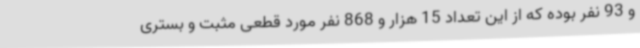
و 93 نفر بوده که از این تعداد 15 هزار و 868 نفر مورد قطعی مثبت و بستری